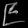
Digit: ၉